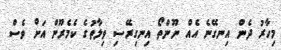
މިހާރު ދެން އިނގޭނެ އެއް ނޫންތޯ އިނގިރޭސި ވިލާތުގެ ކެމެރޫން އަށް ވެސް